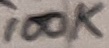
Text: 100K